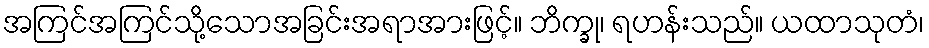
အကြင်အကြင်သို့သောအခြင်းအရာအားဖြင့်။ ဘိက္ခု၊ ရဟန်းသည်။ ယထာသုတံ၊